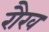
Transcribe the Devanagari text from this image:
रौख